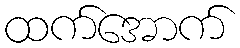
ထက်အောက်